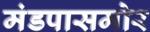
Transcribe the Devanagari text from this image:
मंडपासमोर